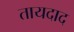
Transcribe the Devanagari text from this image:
तायदाद